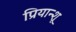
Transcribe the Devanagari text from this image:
प्रियान्शू